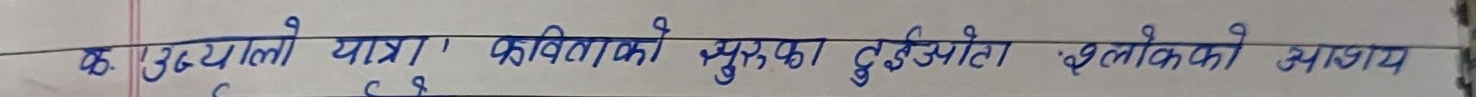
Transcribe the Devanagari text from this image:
क. उघ्‌यालो यात्रा ! कविताको सुरका दुईओटा लोकको आशय